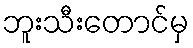
ဘူးသီးတောင်မှ